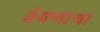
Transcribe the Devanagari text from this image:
तेवणाऱ्या